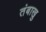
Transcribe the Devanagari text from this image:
तंबाखु